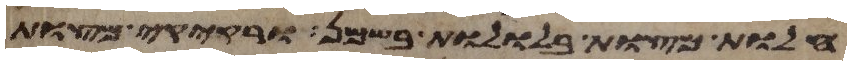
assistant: חלות מצות בללות בשמן ורקיקי מצות